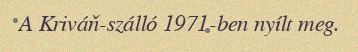
A Kriváň-szálló 1971-ben nyílt meg.